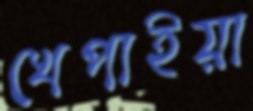
খেপাইয়া